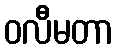
ဝလီမတာ